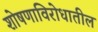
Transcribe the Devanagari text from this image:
शोषणाविरोधातील